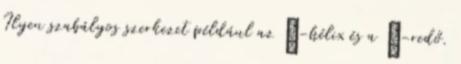
Ilyen szabályos szerkezet például az α-hélix és a β-redő.